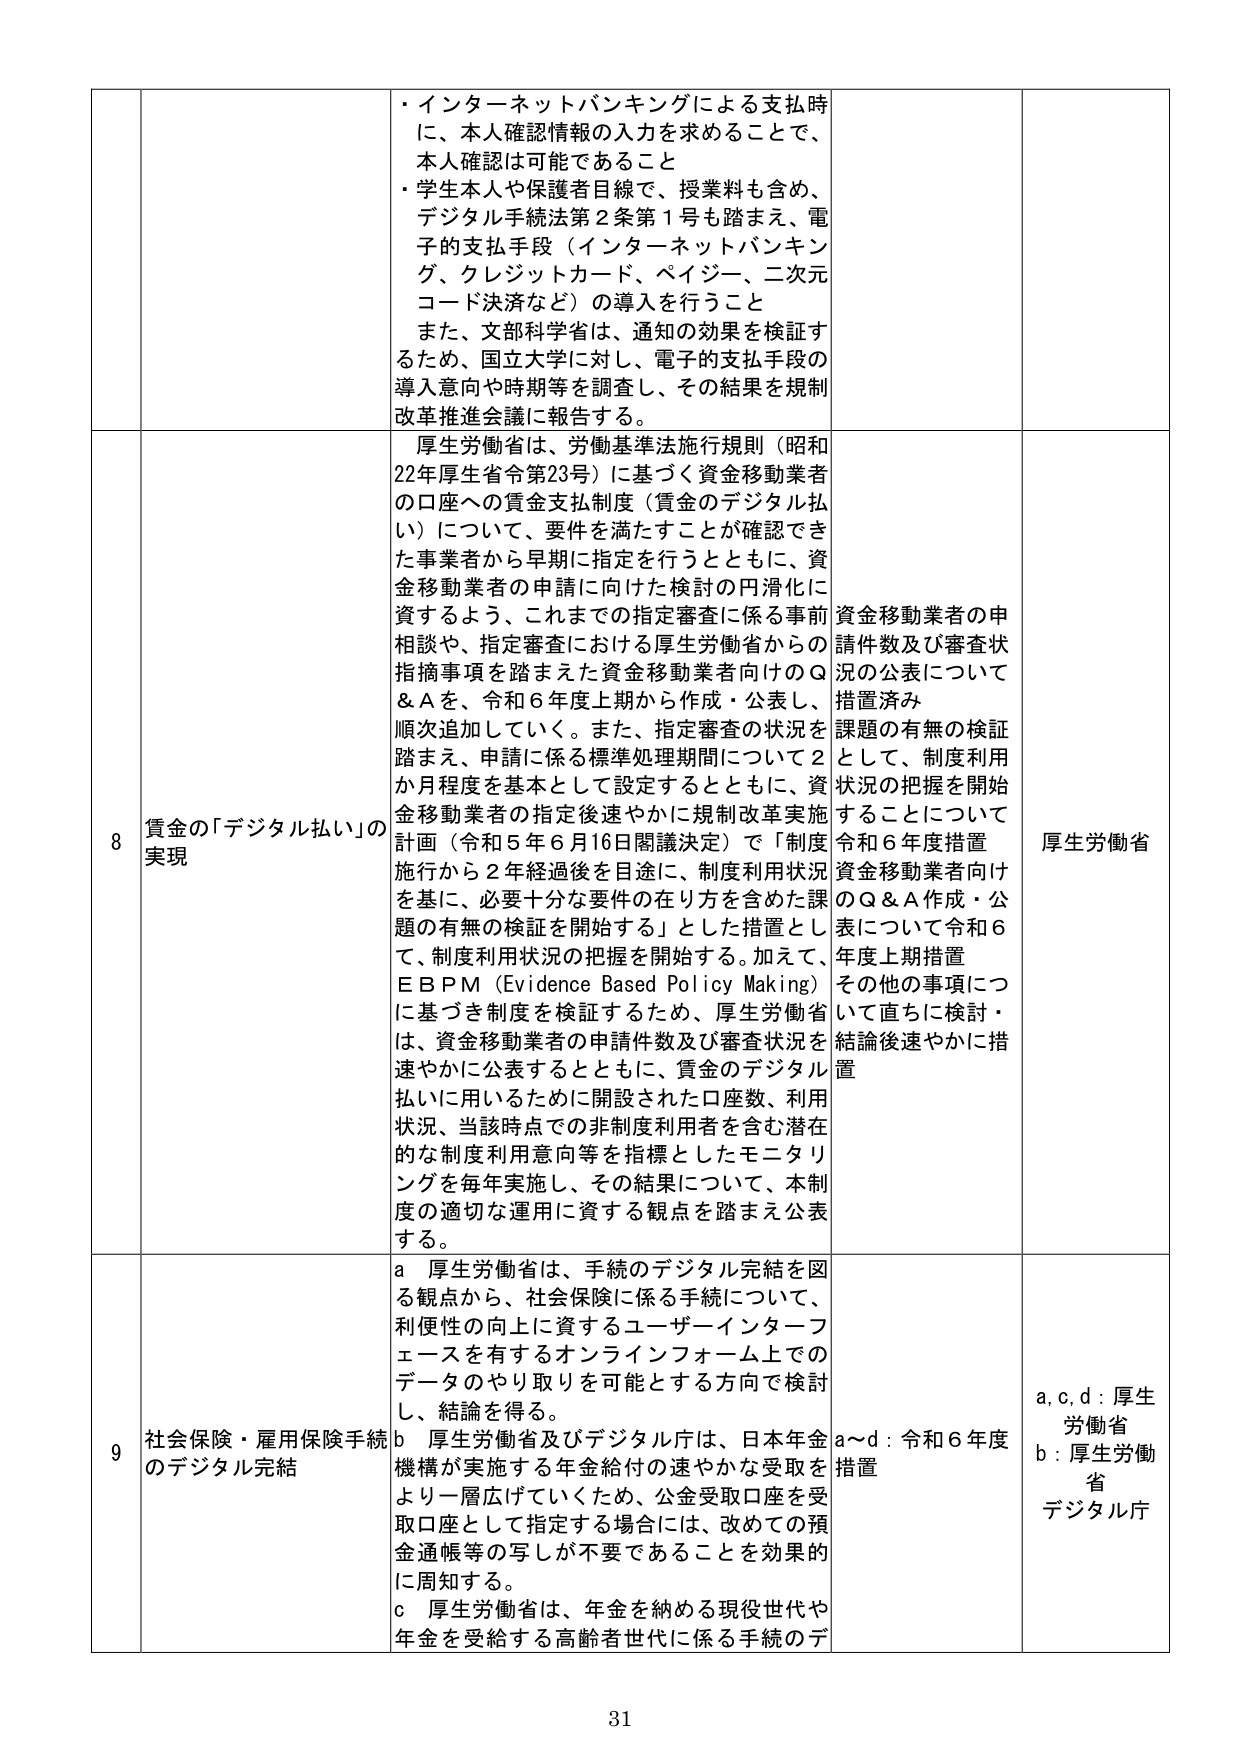
・インターネットバンキングによる支払時に、本人確認情報の入力を求めることで、本人確認は可能であること
・学生本人や保護者目線で、授業料も含め、デジタル手続法第2条第1号も踏まえ、電子の支払手段（インターネットバンキング、クレジットカード、ペイジー、二次元コード決済など）の導入を行うこと
また、文部科学省は、通知の効果を検証するため、国立大学に対し、電子の支払手段の導入意向や時期等を調査し、その結果を規制改革推進会議に報告する。

8 賃金の「デジタル払い」の実現
厚生労働省は、労働基準法施行規則（昭和22年厚生省令第23号）に基づく資金移動業者の口座への賃金支払制度（賃金のデジタル払い）について、要件を満たすことが確認できた事業者から早期に指定を行うとともに、資金移動業者の申請に向けた検討の円滑化に資するよう、これまでの指定審査に係る事前相談や、指定審査における厚生労働省からの指摘事項を踏まえた資金移動業者向けのQ&Aを、令和6年度上期から作成・公表し、順次追加していく。また、指定審査の状況を踏まえ、申請に係る標準処理期間について2か月程度を基本として設定するとともに、資金移動業者の指定後速やかに規制改革実施計画（令和5年6月16日閣議決定）で「制度施行から2年経過後を目途に、制度利用状況を基に、必要十分な要件の在り方を含めた課題の有無の検証を開始する」とした措置として、制度利用状況の把握を開始する。加えて、EBPM（Evidence Based Policy Making）に基づき制度を検証するため、厚生労働省は、資金移動業者の申請件数及び審査状況を速やかに公表するとともに、賃金のデジタル払いに用いるために開設された口座数、利用状況、当該時点での非制度利用者を含む潜在的な制度利用意向等を指標としたモニタリングを毎年実施し、その結果について、本制度の適切な運用に資する観点を踏まえ公表する。
資金移動業者の申請件数及び審査状況の公表について措置済み
課題の有無の検証として、制度利用状況の把握を開始することについて令和6年度措置
資金移動業者向けのQ&A作成・公表について令和6年度上期措置
その他の事項について直ちに検討・結論後速やかに措置
厚生労働省

9 社会保険・雇用保険手続のデジタル完結
a 厚生労働省は、手続のデジタル完結を図る観点から、社会保険に係る手続について、利便性の向上に資するユーザーインターフェースを有するオンラインフォーム上でのデータのやり取りを可能とする方向で検討し、結論を得る。
b 厚生労働省及びデジタル庁は、日本年金機構が実施する年金給付の速やかな受取をより一層広げていくため、公金受取口座を受取口座として指定する場合には、改めての預金通帳等の写しが不要であることを効果的に周知する。
c 厚生労働省は、年金を納める現役世代や年金を受給する高齢者世代に係る手続のデ
a～d：令和6年度措置
a, c, d：厚生労働省
b：厚生労働省 デジタル庁

31